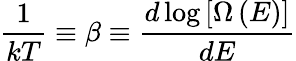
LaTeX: {\frac{1}{kT}}\equiv\beta\equiv{\frac{d\log\left[\Omega\left(E\right)\right]}{dE}}